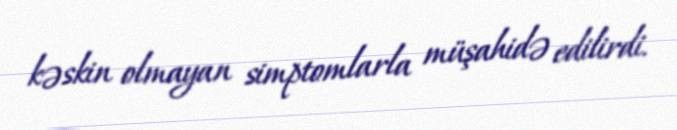
kəskin olmayan simptomlarla müşahidə edilirdi.